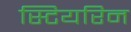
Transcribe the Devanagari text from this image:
स्टियरिन